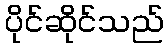
ပိုင်ဆိုင်သည်